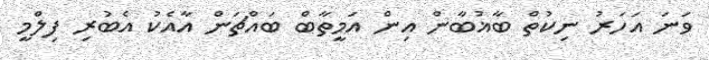
ވަނަ އަހަރު ނިކުތް ބާޣުބާން އިން އަމީތާބް ބައްޗަން އާއެކު އެބުރި ފިލްމީ